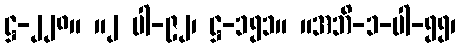
ဋ္ဌ-၂၂၈။ ။၂ ပါ-၉၂၊ ဋ္ဌ-၁၅၁။ ။အဘိ-၁-ပါ-၅၅၊